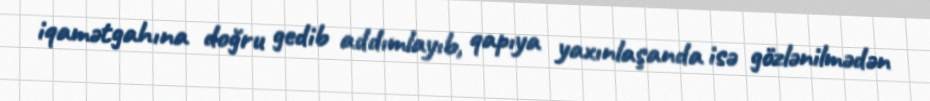
iqamətgahına doğru gedib addımlayıb, qapıya yaxınlaşanda isə gözlənilmədən